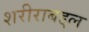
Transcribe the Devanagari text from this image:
शरीराबद्दल